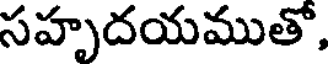
సహృదయముతో,